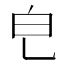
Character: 𤼾